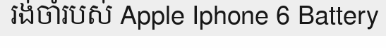
រង់ចាំរបស់ Apple Iphone 6 Battery